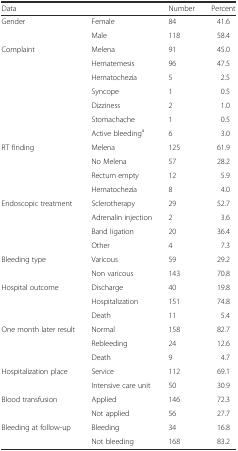
| <COLSPAN=2> Data | Number | Percent |
 | --- | --- | --- | --- |
 | <ROWSPAN=2> Gender | Female | 84 | 41.6 |
 | Male | 118 | 58.4 |
 | <ROWSPAN=7> Complaint | Melena | 91 | 45.0 |
 | Hematemesis | 96 | 47.5 |
 | Hematochezia | 5 | 2.5 |
 | Syncope | 1 | 0.5 |
 | Dizziness | 2 | 1.0 |
 | Stomachache | 1 | 0.5 |
 | Active bleedinga | 6 | 3.0 |
 | <ROWSPAN=4> RT finding | Melena | 125 | 61.9 |
 | No Melena | 57 | 28.2 |
 | Rectum empty | 12 | 5.9 |
 | Hematochezia | 8 | 4.0 |
 | <ROWSPAN=4> Endoscopic treatment | Sclerotherapy | 29 | 52.7 |
 | Adrenalin injection | 2 | 3.6 |
 | Band ligation | 20 | 36.4 |
 | Other | 4 | 7.3 |
 | <ROWSPAN=2> Bleeding type | Varicous | 59 | 29.2 |
 | Non varicous | 143 | 70.8 |
 | <ROWSPAN=3> Hospital outcome | Discharge | 40 | 19.8 |
 | Hospitalization | 151 | 74.8 |
 | Death | 11 | 5.4 |
 | <ROWSPAN=3> One month later result | Normal | 158 | 82.7 |
 | Rebleeding | 24 | 12.6 |
 | Death | 9 | 4.7 |
 | <ROWSPAN=2> Hospitalization place | Service | 112 | 69.1 |
 | Intensive care unit | 50 | 30.9 |
 | <ROWSPAN=2> Blood transfusion | Applied | 146 | 72.3 |
 | Not applied | 56 | 27.7 |
 | <ROWSPAN=2> Bleeding at follow-up | Bleeding | 34 | 16.8 |
 | Not bleeding | 168 | 83.2 |